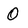
Character: 0